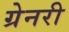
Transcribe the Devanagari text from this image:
ग्रेनरी